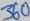
Text: 360